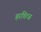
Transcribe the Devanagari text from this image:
हरवित्ज